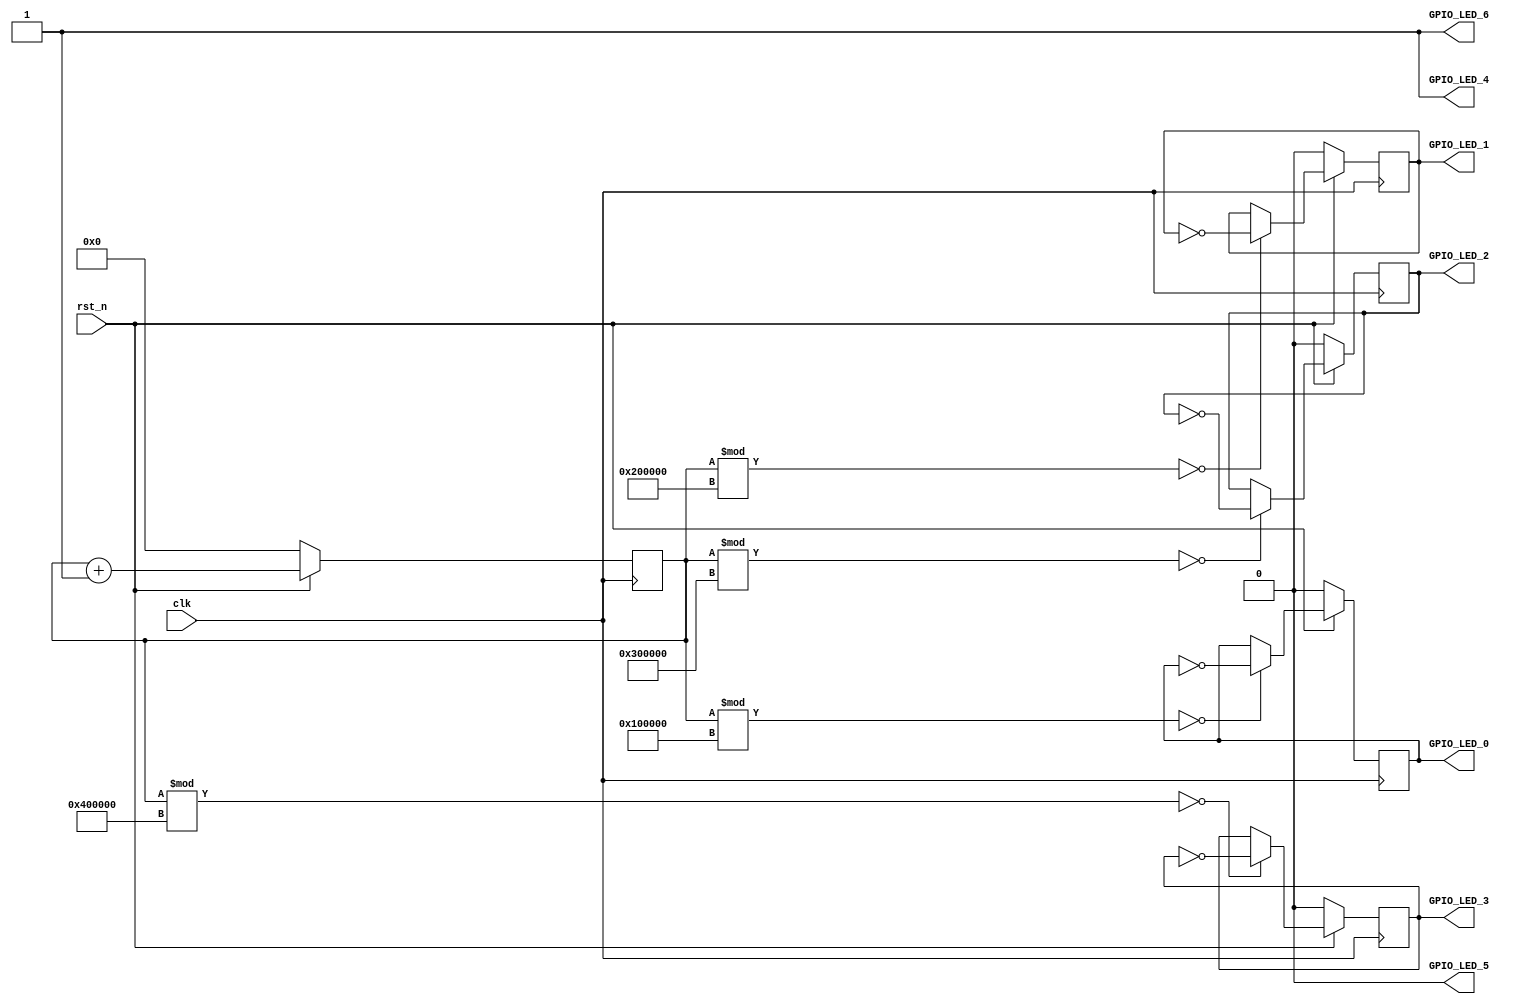
module blinker (
    input           clk,
    input           rst_n,

    output reg      GPIO_LED_0,
    output reg      GPIO_LED_1,
    output reg      GPIO_LED_2,
    output reg      GPIO_LED_3,
    output reg      GPIO_LED_4,
    output reg      GPIO_LED_5,
    output reg      GPIO_LED_6
 );

reg [31:0]              cnt;
reg                     out_val;
wire                    flag_0, flag_1, flag_2, flag_3;

always @(posedge clk) begin
        if (~rst_n)
                cnt <= 32'b0;
        else
                cnt <= cnt + 1;
end

always @(posedge clk) begin
        if (~rst_n) begin
                GPIO_LED_0 <= 1'b0;
                     GPIO_LED_1 <= 1'b0;
                     GPIO_LED_2 <= 1'b0;
                     GPIO_LED_3 <= 1'b0;
          end
        else begin
                GPIO_LED_0 <= flag_0 ? ~GPIO_LED_0 : GPIO_LED_0;
                     GPIO_LED_1 <= flag_1 ? ~GPIO_LED_1 : GPIO_LED_1;
                     GPIO_LED_2 <= flag_2 ? ~GPIO_LED_2 : GPIO_LED_2;
                     GPIO_LED_3 <= flag_3 ? ~GPIO_LED_3 : GPIO_LED_3;
          end
end

assign flag_0 = (cnt % 32'h100000)  == 32'b0;
assign flag_1 = (cnt % 32'h200000)  == 32'b0;
assign flag_2 = (cnt % 32'h300000)  == 32'b0;
assign flag_3 = (cnt % 32'h400000)  == 32'b0;

always @(*) begin
    GPIO_LED_4 = 1'b1;
    GPIO_LED_5 = 1'b0;
    GPIO_LED_6 = 1'b1;
end

endmodule